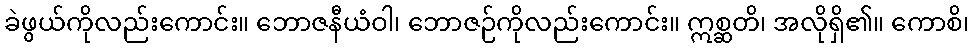
ခဲဖွယ်ကိုလည်းကောင်း။ ဘောဇနီယံဝါ၊ ဘောဇဉ်ကိုလည်းကောင်း။ ဣစ္ဆတိ၊ အလိုရှိ၏။ ကောစိ၊